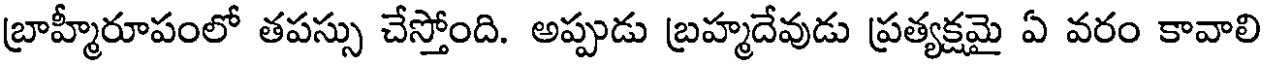
బ్రాహ్మీరూపంలో తపస్సు చేస్తోంది. అప్పుడు బ్రహ్మదేవుడు ప్రత్యక్షమై ఏ వరం కావాలి